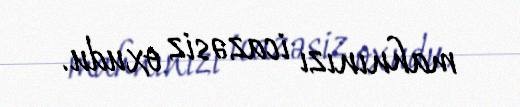
mahnınızı icazəsiz oxudu.